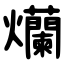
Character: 爤